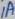
Text: 1A